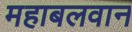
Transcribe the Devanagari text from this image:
महाबलवान